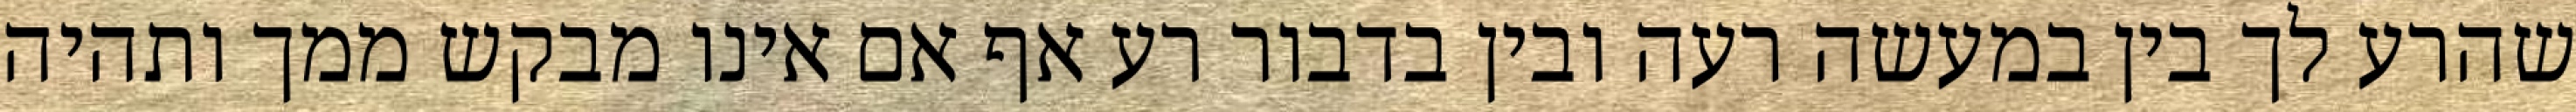
שהרע לך בין במעשה רעה ובין בדבור רע אף אם אינו מבקש ממך ותהיה